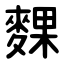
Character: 䴹